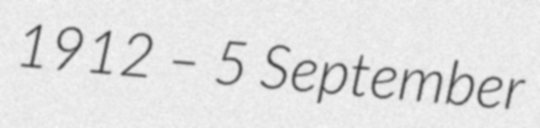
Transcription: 1912 – 5 September